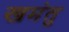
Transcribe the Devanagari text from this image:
खमंतु